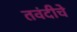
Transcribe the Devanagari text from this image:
तवंदीचे